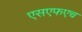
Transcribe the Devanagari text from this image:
एसएफएच